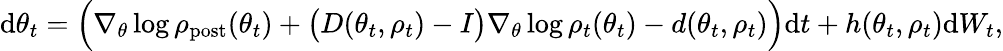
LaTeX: \begin{array}{r}{\mathrm{d}\theta_{t}=\Bigl(\nabla_{\theta}\log\rho_{\mathrm{post}}(\theta_{t})+\bigl(D(\theta_{t},\rho_{t})-I\bigr)\nabla_{\theta}\log\rho_{t}(\theta_{t})-d(\theta_{t},\rho_{t})\Bigr)\mathrm{d}t+h(\theta_{t},\rho_{t})\mathrm{d}W_{t},}\end{array}